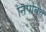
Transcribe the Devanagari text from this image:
निपतित